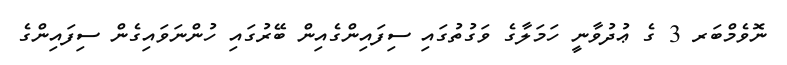
ނޮވެމްބަރ 3 ގެ ޢުދުވާނީ ހަމަލާގެ ވަގުތުގައި ސިފައިންގެއިން ބޭރުގައި ހުންނަވައިގެން ސިފައިންގެ